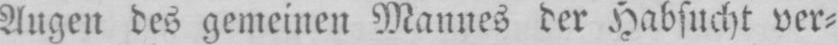
Augen des gemeinen Mannes der Habsucht ver⸗